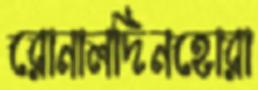
রোনালদিনহোরা